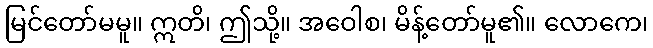
မြင်တော်မမူ။ ဣတိ၊ ဤသို့။ အဝေါစ၊ မိန့်တော်မူ၏။ လောကေ၊